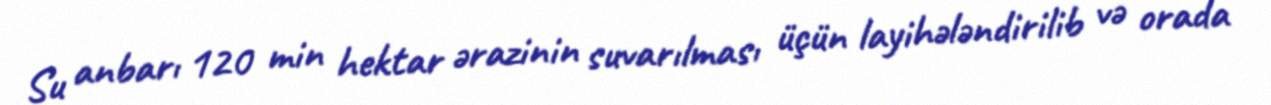
Su anbarı 120 min hektar ərazinin suvarılması üçün layihələndirilib və orada